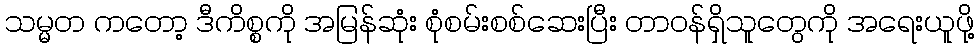
သမ္မတ ကတော့ ဒီကိစ္စကို အမြန်ဆုံး စုံစမ်းစစ်ဆေးပြီး တာဝန်ရှိသူတွေကို အရေးယူဖို့